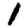
Digit: 1